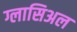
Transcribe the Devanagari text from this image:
ग्लासिअल